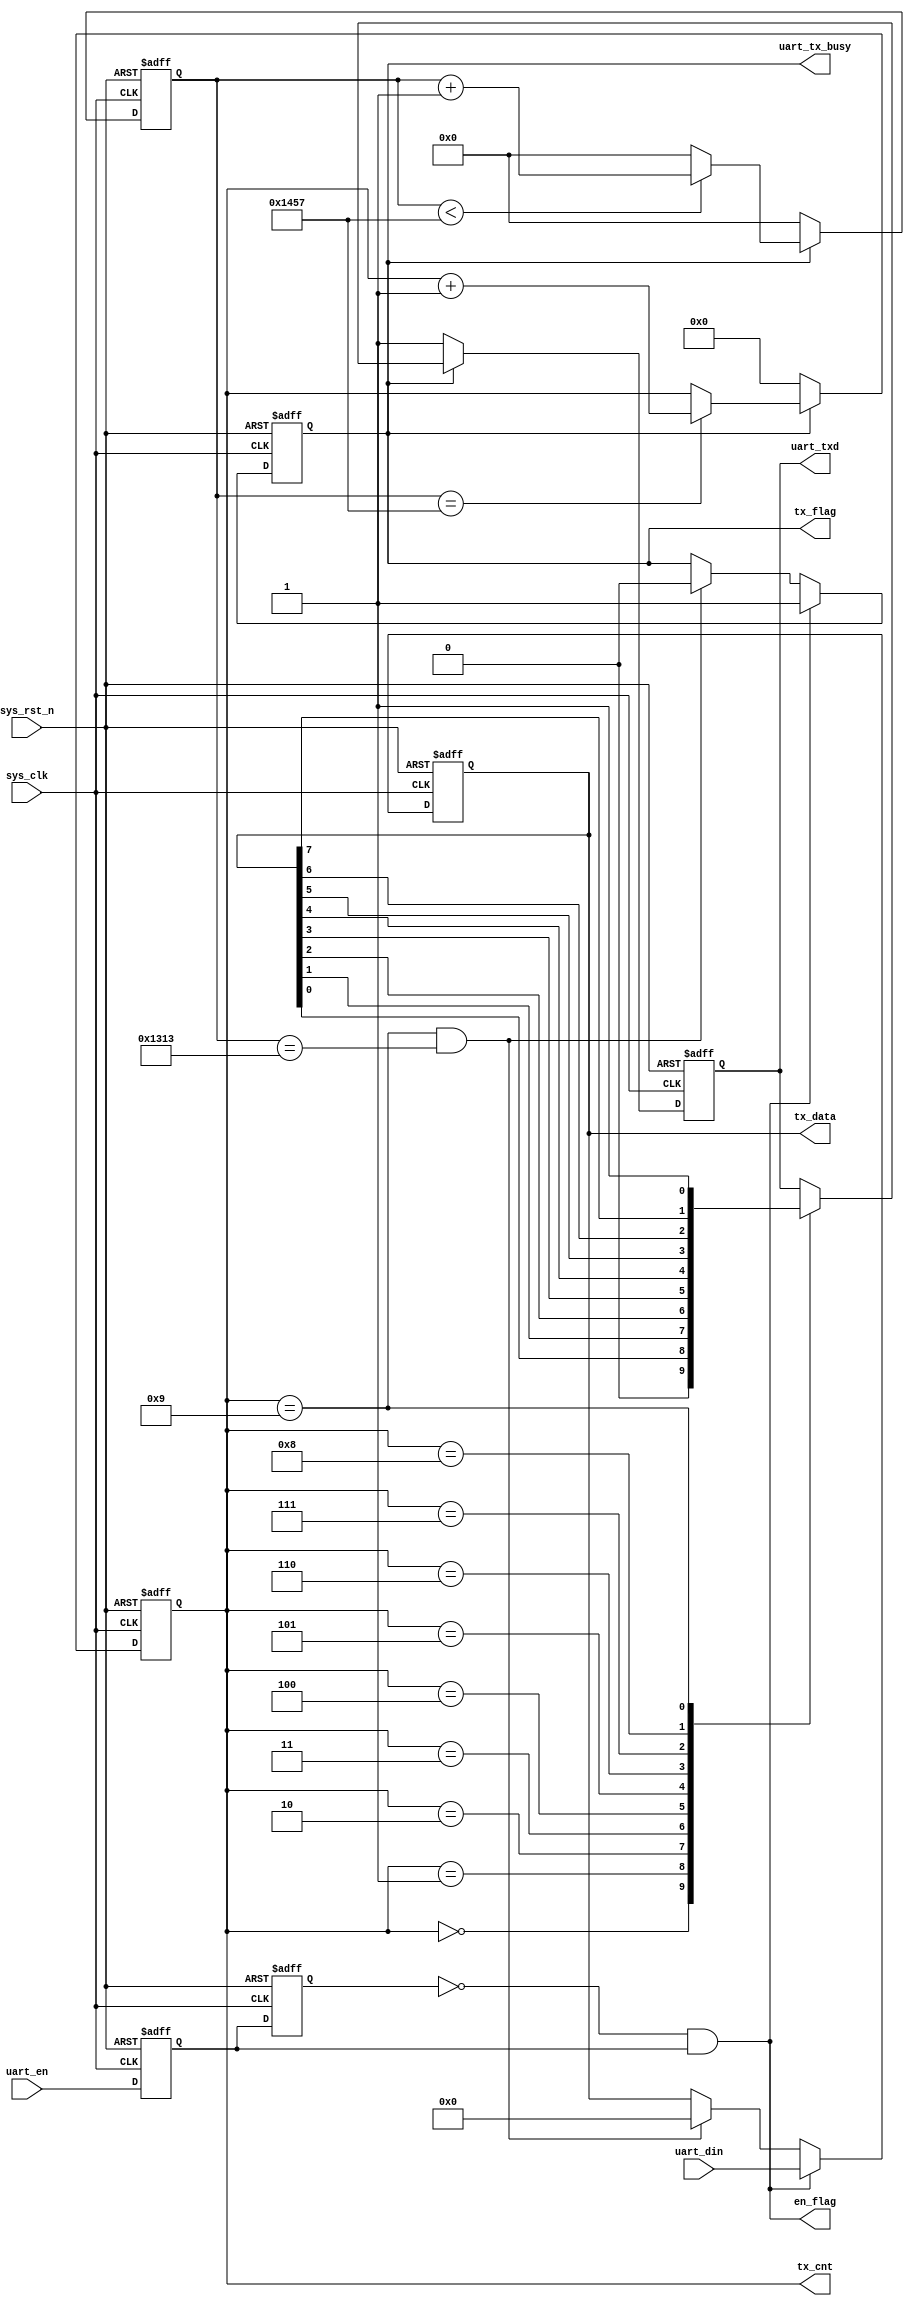
module uart_send(input	 sys_clk,           // system clock
                 input sys_rst_n,          // reset sign
                 input uart_en,            // uart start sign
                 input [7:0] uart_din,     // uart will sended data
                 output uart_tx_busy,      // uart send busy
                 output en_flag,
                 output reg tx_flag,       // sending flag
                 output reg [7:0] tx_data, // sending data
                 output reg [3:0] tx_cnt,  // send bit count
                 output reg uart_txd);     // uart send

//parameter define
parameter  CLK_FREQ = 50000000;             // system clock
parameter  UART_BPS = 9600;                 // bound frequency
localparam  BPS_CNT = CLK_FREQ/UART_BPS;   // one uart receive cycle need how much system cycle

//reg define
reg        uart_en_d0;
reg        uart_en_d1;
reg [15:0] clk_cnt;

//*****************************************************
//**                    main code
//*****************************************************

assign uart_tx_busy = tx_flag;

// capture up edge
assign en_flag = (~uart_en_d1) & uart_en_d0;

// delay two clock
always @(posedge sys_clk or negedge sys_rst_n) begin
    if (!sys_rst_n) begin
        uart_en_d0 <= 1'b0;
        uart_en_d1 <= 1'b0;
    end
    else begin
        uart_en_d0 <= uart_en;
        uart_en_d1 <= uart_en_d0;
    end
end

// en_flag to open tx_flag and receive tx_data from uart_din
always @(posedge sys_clk or negedge sys_rst_n) begin
    if (!sys_rst_n) begin
        tx_flag <= 1'b0;
        tx_data <= 8'd0;
    end
    else if (en_flag) begin
        tx_flag <= 1'b1;
        tx_data <= uart_din;
    end
        else if ((tx_cnt == 4'd9) && (clk_cnt == BPS_CNT - (BPS_CNT/16))) begin
        tx_flag <= 1'b0;
        tx_data <= 8'd0;
        end
    else begin
        tx_flag <= tx_flag;
        tx_data <= tx_data;
    end
end

// use tx_flag open sys_clk
always @(posedge sys_clk or negedge sys_rst_n) begin
    if (!sys_rst_n)
        clk_cnt <= 16'd0;
    else if (tx_flag) begin
        if (clk_cnt < BPS_CNT - 1)
            clk_cnt <= clk_cnt + 1'b1;
        else
            clk_cnt <= 16'd0;
    end
    else
        clk_cnt <= 16'd0;
end

// clk_cnt to open tx_cnt
always @(posedge sys_clk or negedge sys_rst_n) begin
    if (!sys_rst_n)
        tx_cnt <= 4'd0;
    else if (tx_flag) begin
        if (clk_cnt == BPS_CNT - 1)
            tx_cnt <= tx_cnt + 1'b1;
        else
            tx_cnt <= tx_cnt;
    end
    else
        tx_cnt <= 4'd0;
end

// use tx_cnt to send data to uart_txd
always @(posedge sys_clk or negedge sys_rst_n) begin
    if (!sys_rst_n)
        uart_txd <= 1'b1;
    else if (tx_flag)
        case(tx_cnt)
            4'd0: uart_txd <= 1'b0;
            4'd1: uart_txd <= tx_data[0];
            4'd2: uart_txd <= tx_data[1];
            4'd3: uart_txd <= tx_data[2];
            4'd4: uart_txd <= tx_data[3];
            4'd5: uart_txd <= tx_data[4];
            4'd6: uart_txd <= tx_data[5];
            4'd7: uart_txd <= tx_data[6];
            4'd8: uart_txd <= tx_data[7];
            4'd9: uart_txd <= 1'b1;
            default: ;
        endcase
    else
        uart_txd <= 1'b1;
end

endmodule